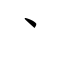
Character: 丶